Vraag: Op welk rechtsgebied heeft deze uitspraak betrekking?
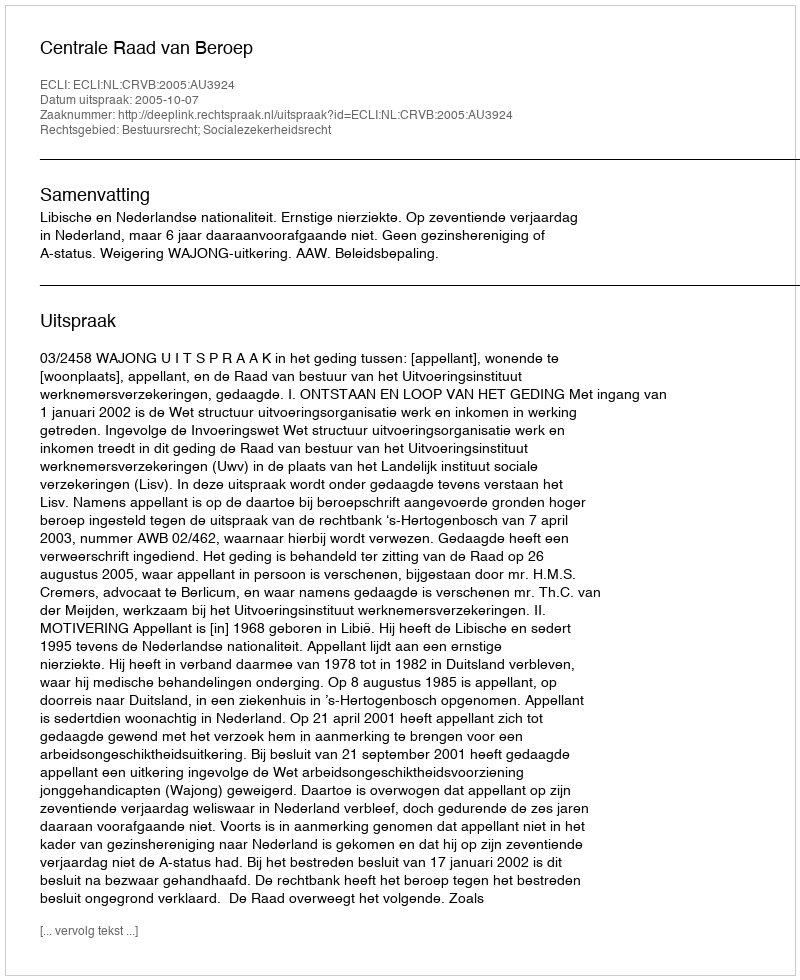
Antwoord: Bestuursrecht; Socialezekerheidsrecht